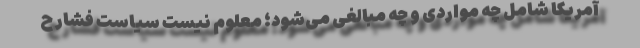
آمریکا شامل چه مواردی و چه مبالغی می‌شود؛ معلوم نیست سیاست فشار ح